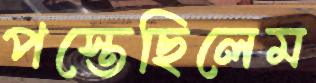
পস্তেছিলেম